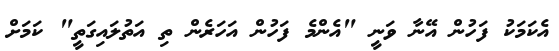
އެކަމަކު ފަހުން އޭނާ ވަނީ "އެންމެ ފަހުން އަހަރެން ތި އަތުލައިގަތީ" ކަމަށް